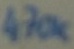
Text: 470K